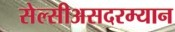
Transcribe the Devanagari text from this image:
सेल्सीअसदरम्यान